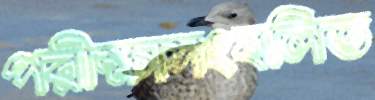
পরীক্ষাসংবলিত